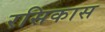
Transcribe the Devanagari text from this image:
रसिकास